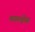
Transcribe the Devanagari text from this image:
मगल्हेस